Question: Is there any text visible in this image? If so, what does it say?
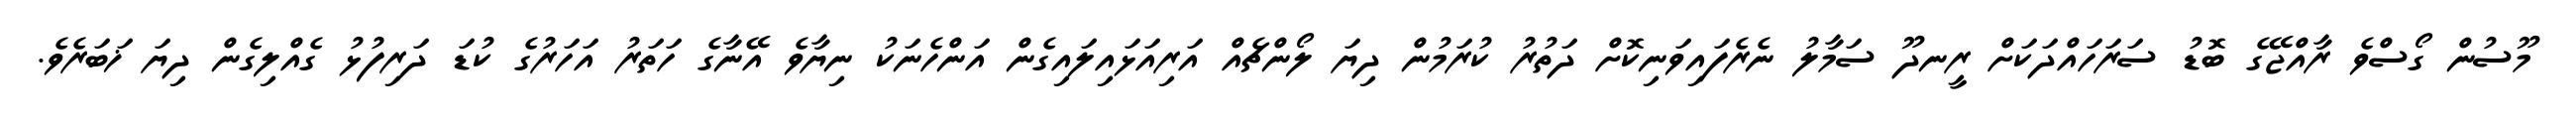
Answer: މޫސުން ގޯސްވެ ރާއްޖޭގެ ބޮޑު ސަރަހައްދަކަށް ރީނދޫ ސަމާލު ނެރެފައިވަނިކޮށް ދަތުރު ކުރަމުން ދިޔަ ލޯންޗެއް އަރިއަޅައިލައިގެން އަންހެނަކު ނިޔާވެ އޭނާގެ ހަތަރު އަހަރުގެ ކުޑަ ދަރިފުޅު ގެއްލިގެން ދިޔަ ޚަބަރެވެ.